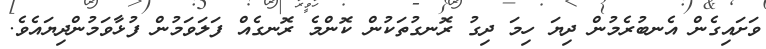
ވަށައިގެން އެނބުރެމުން ދިޔަ ހިމަ ދިގު ރޮނގުތަކުން ކޮންމެ ރޮނގެއް ފަލަވަމުން ފުޅާވަމުންދިޔައެވެ.